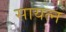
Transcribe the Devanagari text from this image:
सायत्न